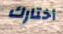
أختارك